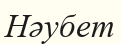
Нәубет